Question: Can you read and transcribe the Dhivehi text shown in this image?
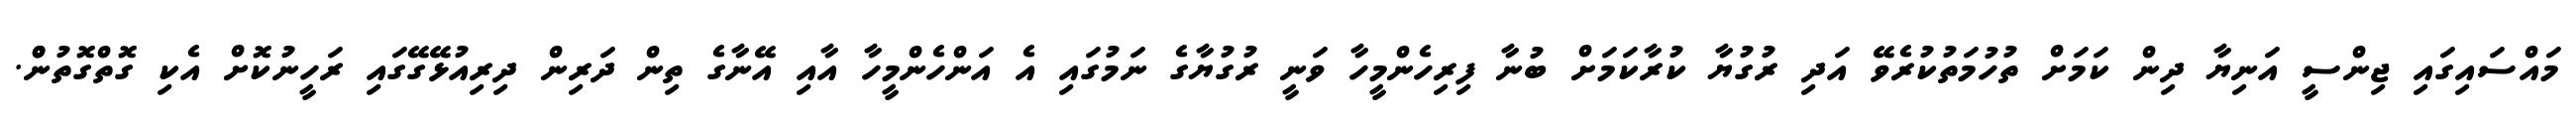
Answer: މައްސައިގައި ޖިންސީ އަނިޔާ ދިން ކަމަށް ތުހުމަތުކުރެވޭ އަދި ރުގުޔާ ކުރާކަމަށް ބުނާ ފިރިހެންމީހާ ވަނީ ރުގުޔާގެ ނަމުގައި އެ އަންހެންމީހާ އާއި އޭނާގެ ތިން ދަރިން ދިރިއުޅޭގޭގައި ރަހީނުކޮށް އެކި ގޮތްގޮތުންް.